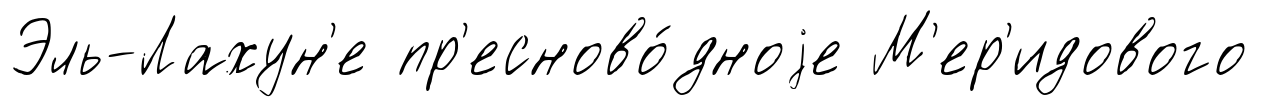
Эль-Лахун'е пр'есново́дноjе М'ер'идового